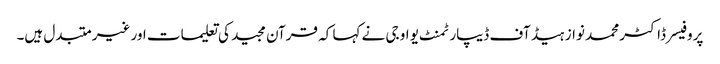
پروفیسر ڈاکٹر محمد نواز ہیڈ آف ڈیپارٹمنٹ یو او جی نے کہا کہ قرآن مجید کی تعلیمات اور غیر متبدل ہیں۔